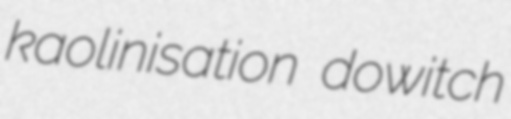
kaolinisation dowitch